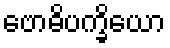
ဗောဓိပက္ခိယော